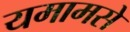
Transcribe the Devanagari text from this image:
यमामसे